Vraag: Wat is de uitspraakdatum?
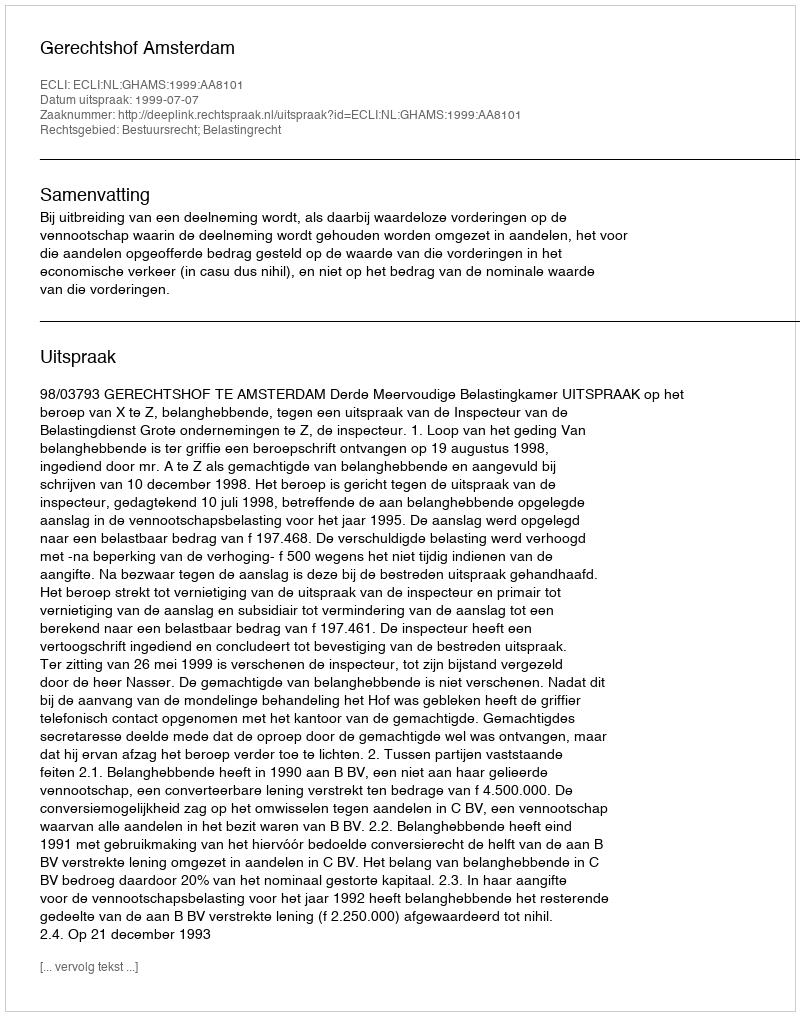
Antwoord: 1999-07-07